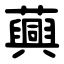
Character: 䕟